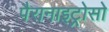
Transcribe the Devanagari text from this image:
पैरानाइट्रोसो